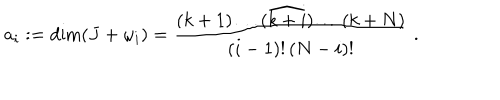
a _ { i } : = \dim ( J + \omega _ { i } ) = \frac { ( k + 1 ) \dots ( \widehat { k + i } ) \dots ( k + N ) } { ( i - 1 ) ! \, ( N - i ) ! } \; .